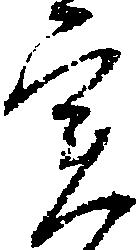
実